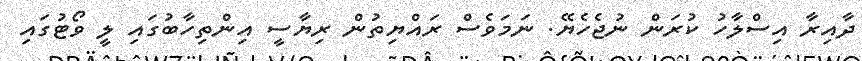
ދާއިރާ އިސްލާހު ކުރަން ނުޖެހެޔޭ. ނަމަވެސް ރައްޔިތުން ރިޔާސީ އިންތިހާބުގައި ލީ ވޯޓުގައި